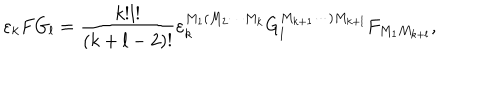
\varepsilon _ { k } F G _ { l } = \frac { k ! l ! } { \left( k + l - 2 \right) ! } \varepsilon _ { k } ^ { M _ { 1 } ( M _ { 2 } \cdots M _ { k } } G _ { l } ^ { M _ { k + 1 } \cdots ) M _ { k + l } } F _ { M _ { 1 } M _ { k + l } } ,